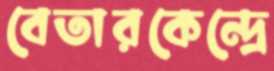
বেতারকেন্দ্রে